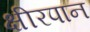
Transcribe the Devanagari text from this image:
क्षीरपान